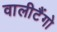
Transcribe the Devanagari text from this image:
वालीटैंगो